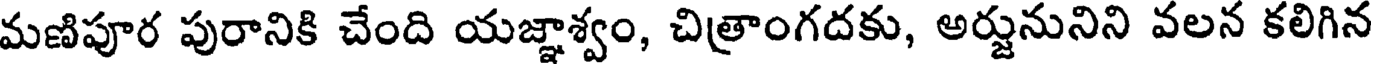
మణిపూర పురానికి చేంది యజ్ఞాశ్వం, చిత్రాంగదకు, అర్జునునిని వలన కలిగిన